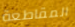
المقاطعة